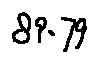
8 9 . 7 9